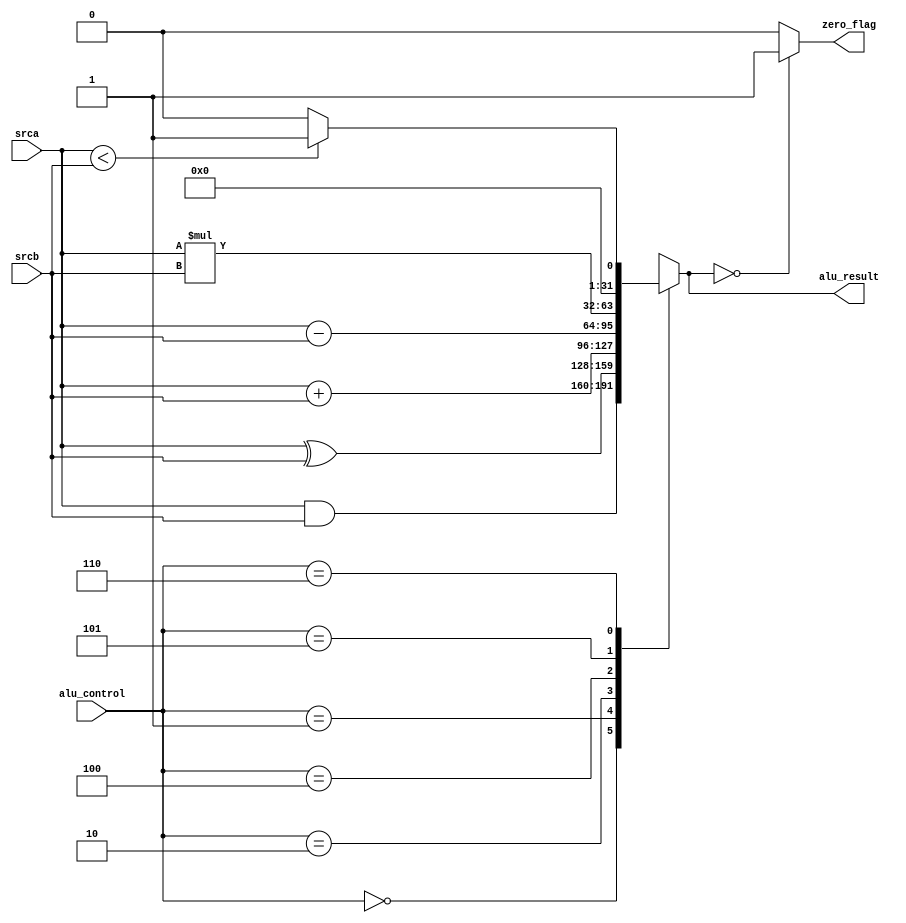
module ALU(
 input [31:0] srca,srcb,
 input [2:0]alu_control,
 output reg [31:0] alu_result,
 output reg zero_flag
);
always@*
begin
case(alu_control)
3'b000: alu_result=srca&srcb;
3'b001: alu_result=srca^srcb;
3'b010: alu_result=srca+srcb;
3'b011: alu_result=32'bx;
3'b100: alu_result=srca-srcb;
3'b101: alu_result=srca*srcb;
3'b110: 
       begin
             if(srca<srcb)
             alu_result=1;
             else
             alu_result=0;  
       end 
3'b111: alu_result=32'bx;
endcase
if(alu_result==0)
zero_flag=1'b1;
else
zero_flag=1'b0;
end
endmodule